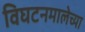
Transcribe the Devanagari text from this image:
विघटनमालेच्या